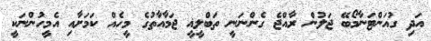
އަދި ގުއަންޓަނާމޯބޭ ޖަލުން ރާއްޖެ ގެންނަނީ ތަބްލީޣީ ޖަމާއާތުގެ މީހެއް ކަމަށާއި އެމީހުންނަކީ